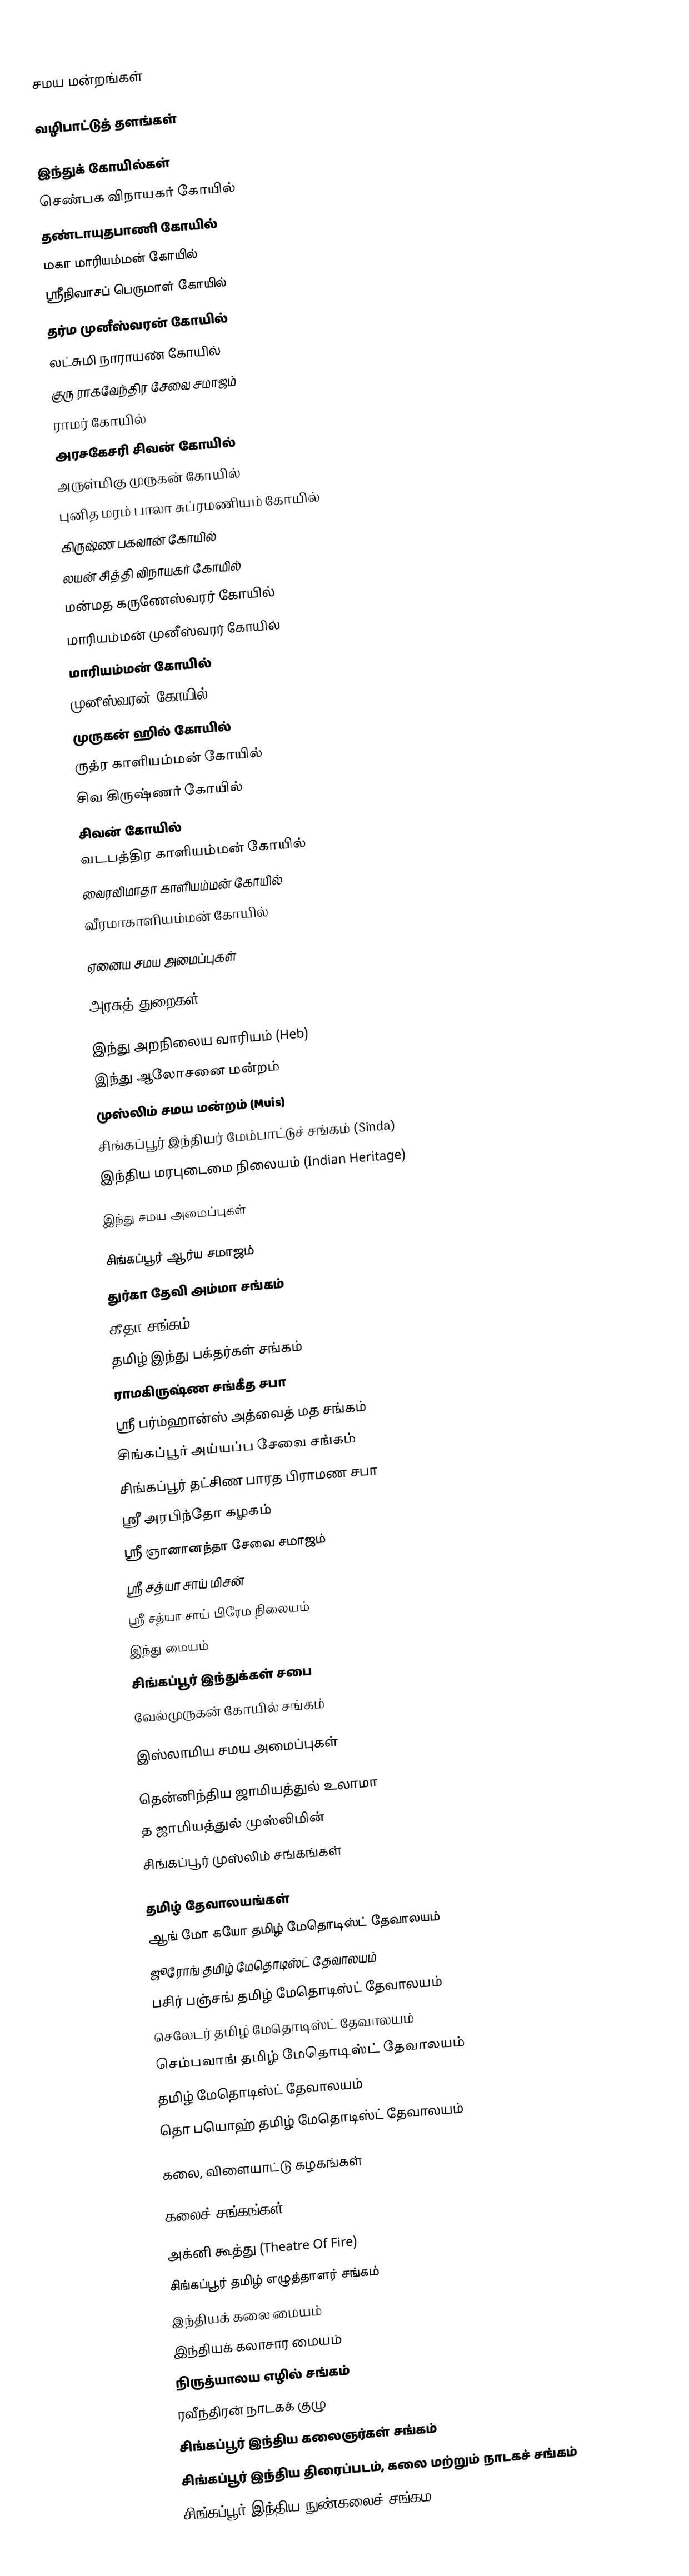

சமய மன்றங்கள்

வழிபாட்டுத் தளங்கள்

இந்துக் கோயில்கள்
செண்பக விநாயகர் கோயில்
தண்டாயுதபாணி கோயில்
மகா மாரியம்மன் கோயில்
ஸ்ரீநிவாசப் பெருமாள் கோயில்
 தர்ம முனீஸ்வரன் கோயில்
 லட்சுமி நாராயண் கோயில்
 குரு ராகவேந்திர சேவை சமாஜம்
 ராமர் கோயில்
 அரசகேசரி சிவன் கோயில்
 அருள்மிகு முருகன் கோயில்
 புனித மரம் பாலா சுப்ரமணியம் கோயில்
 கிருஷ்ண பகவான் கோயில்
 லயன் சித்தி விநாயகர் கோயில்
 மன்மத கருணேஸ்வரர் கோயில்
 மாரியம்மன் முனீஸ்வரர் கோயில்
 மாரியம்மன் கோயில்
 முனீஸ்வரன் கோயில்
 முருகன் ஹில் கோயில்
 ருத்ர காளியம்மன் கோயில்
 சிவ கிருஷ்ணர் கோயில்
 சிவன் கோயில்
 வடபத்திர காளியம்மன் கோயில்
 வைரவிமாதா காளியம்மன் கோயில்
 வீரமாகாளியம்மன் கோயில்

ஏனைய சமய அமைப்புகள்

அரசுத் துறைகள்

 இந்து அறநிலைய வாரியம் (Heb)
 இந்து ஆலோசனை மன்றம்
 முஸ்லிம் சமய மன்றம் (Muis) 
 சிங்கப்பூர் இந்தியர்  மேம்பாட்டுச்  சங்கம் (Sinda)
 இந்திய மரபுடைமை நிலையம் (Indian Heritage)

இந்து சமய அமைப்புகள்

 சிங்கப்பூர் ஆர்ய சமாஜம்
 துர்கா தேவி அம்மா சங்கம்
 கீதா சங்கம்
 தமிழ் இந்து பக்தர்கள் சங்கம்
 ராமகிருஷ்ண சங்கீத சபா
 ஸ்ரீ பர்ம்ஹான்ஸ் அத்வைத் மத சங்கம்
 சிங்கப்பூர் அய்யப்ப சேவை சங்கம்
 சிங்கப்பூர் தட்சிண பாரத பிராமண சபா
 ஸ்ரீ அரபிந்தோ கழகம்
 ஸ்ரீ ஞானானந்தா சேவை சமாஜம்
 ஸ்ரீ சத்யா சாய் மிசன்
 ஸ்ரீ சத்யா சாய் பிரேம நிலையம்
 இந்து மையம்
 சிங்கப்பூர் இந்துக்கள் சபை
 வேல்முருகன் கோயில் சங்கம்

இஸ்லாமிய சமய அமைப்புகள்

 தென்னிந்திய ஜாமியத்துல் உலாமா
 த ஜாமியத்துல் முஸ்லிமின்
 சிங்கப்பூர் முஸ்லிம் சங்கங்கள்

தமிழ் தேவாலயங்கள்
 ஆங் மோ கயோ தமிழ் மேதொடிஸ்ட் தேவாலயம்
 ஜூரோங் தமிழ் மேதொடிஸ்ட் தேவாலயம்
 பசிர் பஞ்சங் தமிழ் மேதொடிஸ்ட் தேவாலயம்
 செலேடர் தமிழ் மேதொடிஸ்ட் தேவாலயம்
 செம்பவாங் தமிழ் மேதொடிஸ்ட் தேவாலயம்
 தமிழ் மேதொடிஸ்ட் தேவாலயம்
 தொ பயொஹ் தமிழ் மேதொடிஸ்ட் தேவாலயம்

கலை, விளையாட்டு கழகங்கள்

கலைச் சங்கங்கள்

 அக்னி கூத்து (Theatre Of Fire)
 சிங்கப்பூர் தமிழ் எழுத்தாளர் சங்கம்
 இந்தியக் கலை மையம்
 இந்தியக் கலாசார மையம்
 நிருத்யாலய எழில் சங்கம்
 ரவீந்திரன் நாடகக் குழு
 சிங்கப்பூர் இந்திய கலைஞர்கள் சங்கம்
 சிங்கப்பூர் இந்திய திரைப்படம், கலை மற்றும் நாடகச் சங்கம்
 சிங்கப்பூர் இந்திய நுண்கலைச் சங்கம